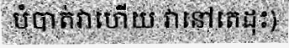
បំបាត់វាហើយ វានៅតេដុះ)